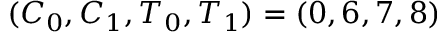
( C _ { 0 } , C _ { 1 } , T _ { 0 } , T _ { 1 } ) = ( 0 , 6 , 7 , 8 )